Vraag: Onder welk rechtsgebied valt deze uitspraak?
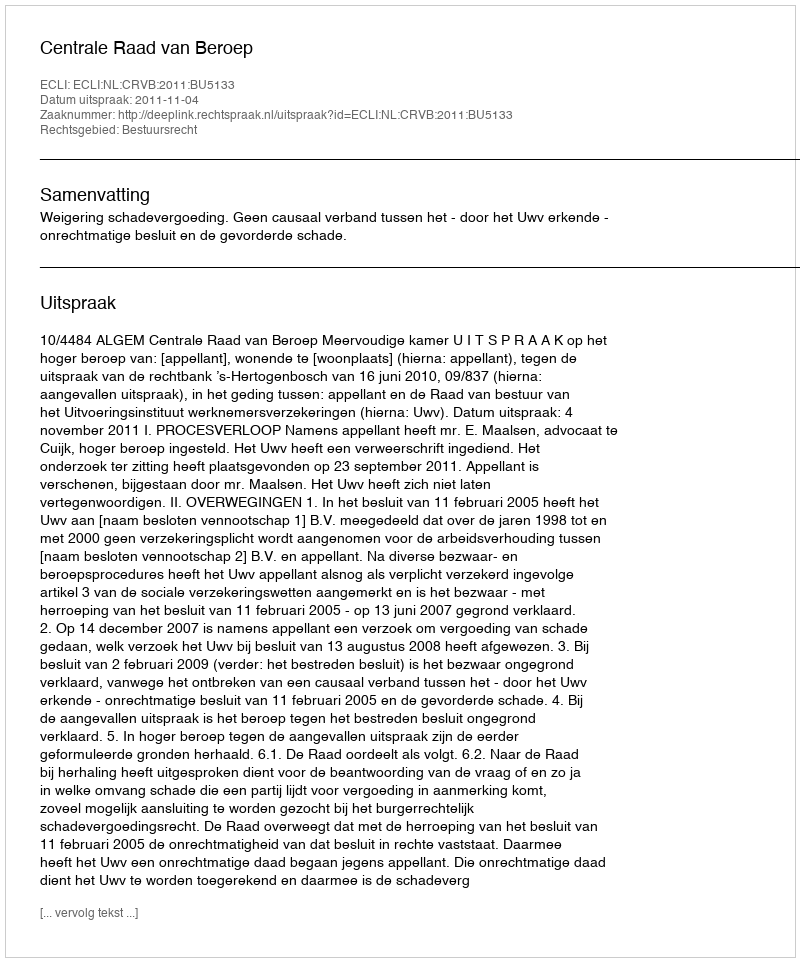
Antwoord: Bestuursrecht